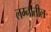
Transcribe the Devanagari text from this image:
लग्नातील